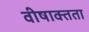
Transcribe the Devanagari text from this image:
वीषाक्तता